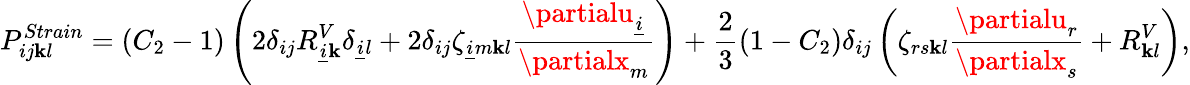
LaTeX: P_{ij\mathbf{k}l}^{Strain}=\left(C_{2}-1\right)\left(2\delta_{ij}R_{\underline{{{i}}}\mathbf{k}}^{V}\delta_{\underline{{{i}}}l}+2\delta_{ij}\zeta_{\underline{{{i}}}m\mathbf{k}l}\frac{{\partialu_{\underline{{{i}}}}}}{{\partialx_{m}}}\right)+\frac{{2}}{{3}}\left(1-C_{2}\right)\delta_{ij}\left(\zeta_{rs\mathbf{k}l}\frac{{\partialu_{r}}}{{\partialx_{s}}}+R_{\mathbf{k}l}^{V}\right),